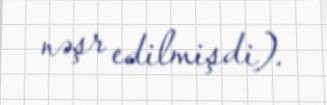
nəşr edilmişdi).